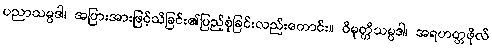
ပညာသမ္ပဒါ၊ အပြားအားဖြင့်သိခြင်း၏ပြည့်စုံခြင်းလည်းကောင်း။ ဝိမုတ္တိသမ္ပဒါ၊ အရဟတ္တဖိုလ်